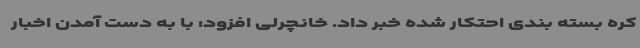
کره بسته بندی احتکار شده خبر داد. خانچرلی افزود: با به دست آمدن اخبار